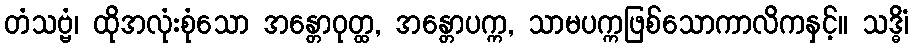
တံသဗ္ဗံ၊ ထိုအလုံးစုံသော အန္တောဝုတ္ထ, အန္တောပက္က, သာမပက္ကဖြစ်သောကာလိကနှင့်။ သဒ္ဓိံ၊